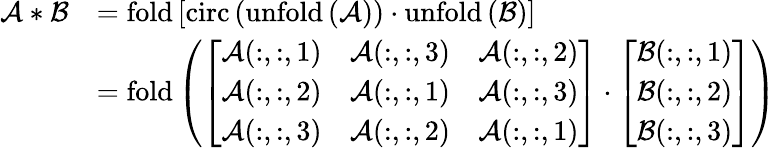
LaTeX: \begin{array}{rl}{\mathcal{A}\ast\mathcal{B}}&{=\mathrm{fold}\left[\mathrm{circ}\left(\mathrm{unfold\left(\mathcal{A}\right)}\right)\cdot\mathrm{unfold\left(\mathcal{B}\right)}\right]}\\ &{=\mathrm{fold}\left(\left[\begin{array}{lll}{\mathcal{A}(:,:,1)}&{\mathcal{A}(:,:,3)}&{\mathcal{A}(:,:,2)}\\ {\mathcal{A}(:,:,2)}&{\mathcal{A}(:,:,1)}&{\mathcal{A}(:,:,3)}\\ {\mathcal{A}(:,:,3)}&{\mathcal{A}(:,:,2)}&{\mathcal{A}(:,:,1)}\end{array}\right]\cdot\left[\begin{array}{l}{\mathcal{B}(:,:,1)}\\ {\mathcal{B}(:,:,2)}\\ {\mathcal{B}(:,:,3)}\end{array}\right]\right)}\end{array}